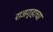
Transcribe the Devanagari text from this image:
राजगृहाचा